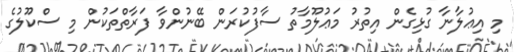
މި އިޢުލާނާ ގުޅިގެން އިތުރު މަޢުލޫމާތު ސާފުކުރަން ބޭނުންވާ ފަރާތްތަކުން މި ސްކޫލުގެ